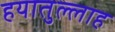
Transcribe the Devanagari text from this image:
हयातुल्लाह